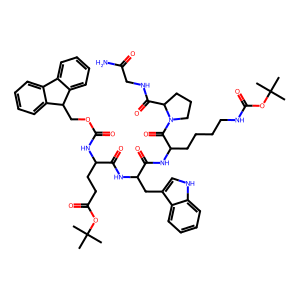
SMILES: CC(C)(C)OC(=O)CCC(NC(=O)OCC1c2ccccc2-c2ccccc21)C(=O)NC(Cc1c[nH]c2ccccc12)C(=O)NC(CCCCNC(=O)OC(C)(C)C)C(=O)N1CCCC1C(=O)NCC(N)=O
Inhibits HIV replication: No